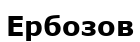
Ербозов